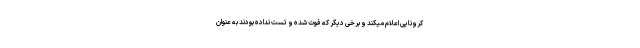
کرونایی اعلام میکند و برخی دیگر که فوت شده و تست نداده بودند به عنوان